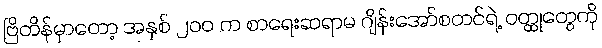
ဗြိတိန်မှာတော့ အနှစ် ၂၀၀ က စာရေးဆရာမ ဂျိန်းအော်စတင်ရဲ့ ဝတ္ထုတွေကို